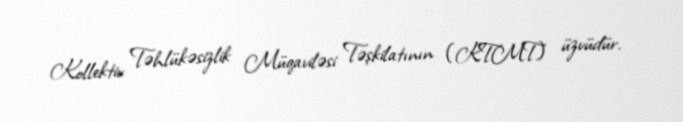
Kollektiv Təhlükəsizlik Müqaviləsi Təşkilatının (KTMT) üzvüdür.